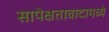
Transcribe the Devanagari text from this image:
सापेक्षतावादामध्ये